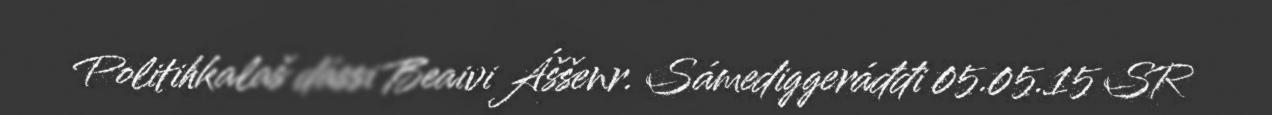
Politihkalaš dássi Beaivi Áššenr. Sámediggeráđđi 05.05.15 SR